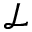
\mathcal { L }